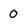
Character: 0